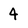
Character: 4